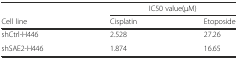
|  | <COLSPAN=2> IC50 value(μM) |
 | Cell line | Cisplatin | Etoposide |
 | --- | --- | --- |
 | shCtrl-H446 | 2.528 | 27.26 |
 | shSAE2-H446 | 1.874 | 16.65 |